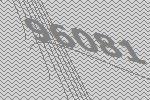
96081